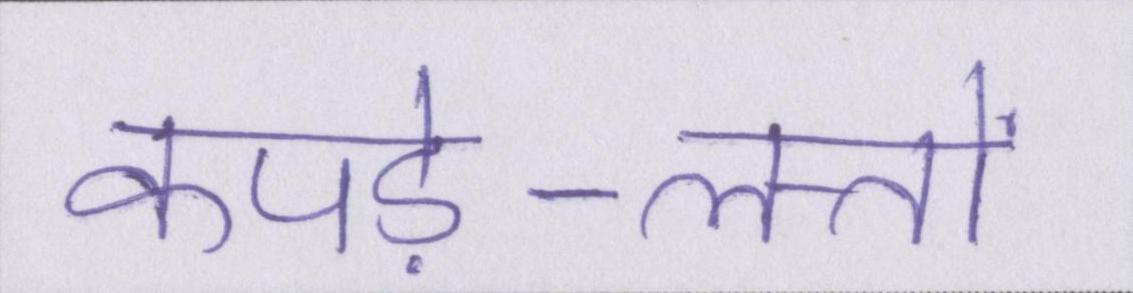
कपड़े-लत्तों